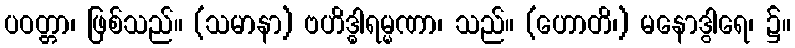
ပဝတ္တာ၊ ဖြစ်သည်။ (သမာနာ) ဗဟိဒ္ဓါရမ္မဏာ၊ သည်။ (ဟောတိ၊) မနောဒွါရေ၊ ၌။